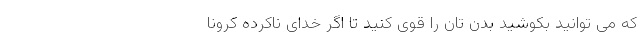
که می توانید بکوشید بدن تان را قوی کنید تا اگر خدای ناکرده کرونا